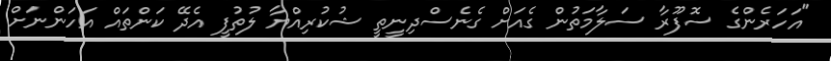
"އަހަރެންގެ ސޮފޫރާ ސަލާމަތުން ގެއަށް ގެނެސްދިނީތީ ޝުކުރިއްޔާ ލުތުފީ އެދޭ ކަންތައް އަހަންނަށް